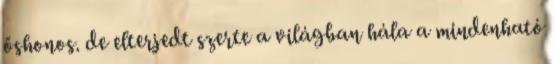
őshonos. de elterjedt szerte a világban hála a mindenható